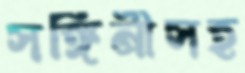
সঙ্গিনীসহ